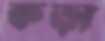
কড়া